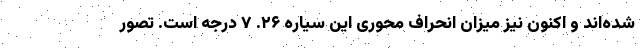
شده‌اند و اکنون نیز میزان انحراف محوری این سیاره ۲۶. ۷ درجه است. تصور